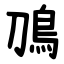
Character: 鳭